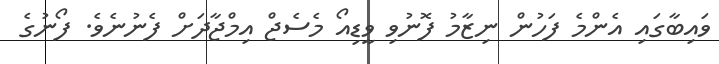
ވައިބާގައި އެންމެ ފަހުން ނިޒާމު ފޮނުވި ވީޑިއޯ މެސެޖް އިމްޖާދަށް ފެނުނެވެ. ފޯނުގެ